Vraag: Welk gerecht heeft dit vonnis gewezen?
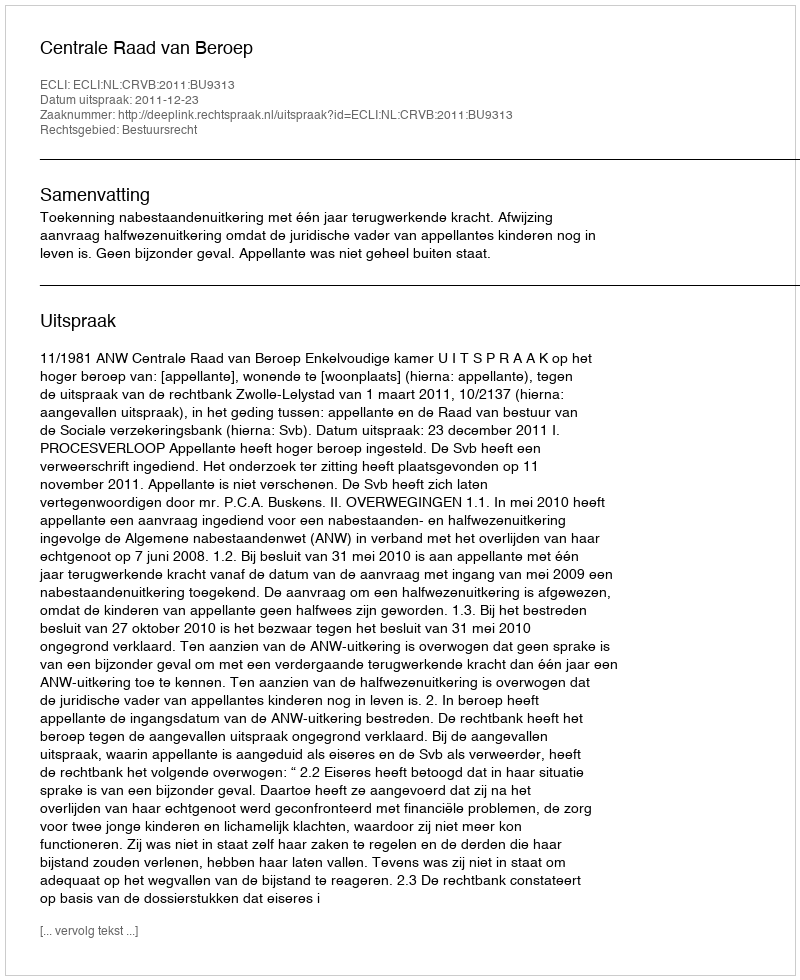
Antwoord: Centrale Raad van Beroep